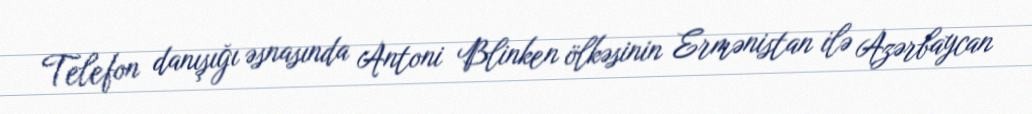
Telefon danışığı əsnasında Antoni Blinken ölkəsinin Ermənistan ilə Azərbaycan